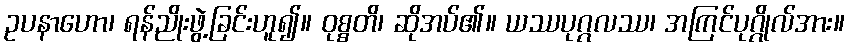
ဥပနာဟော၊ ရန်ညိုးဖွဲ့ခြင်းဟူ၍။ ဝုစ္စတိ၊ ဆိုအပ်၏။ ယဿပုဂ္ဂလဿ၊ အကြင်ပုဂ္ဂိုလ်အား။